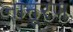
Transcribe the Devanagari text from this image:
नानूरण